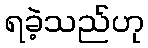
ရခဲ့သည်ဟု